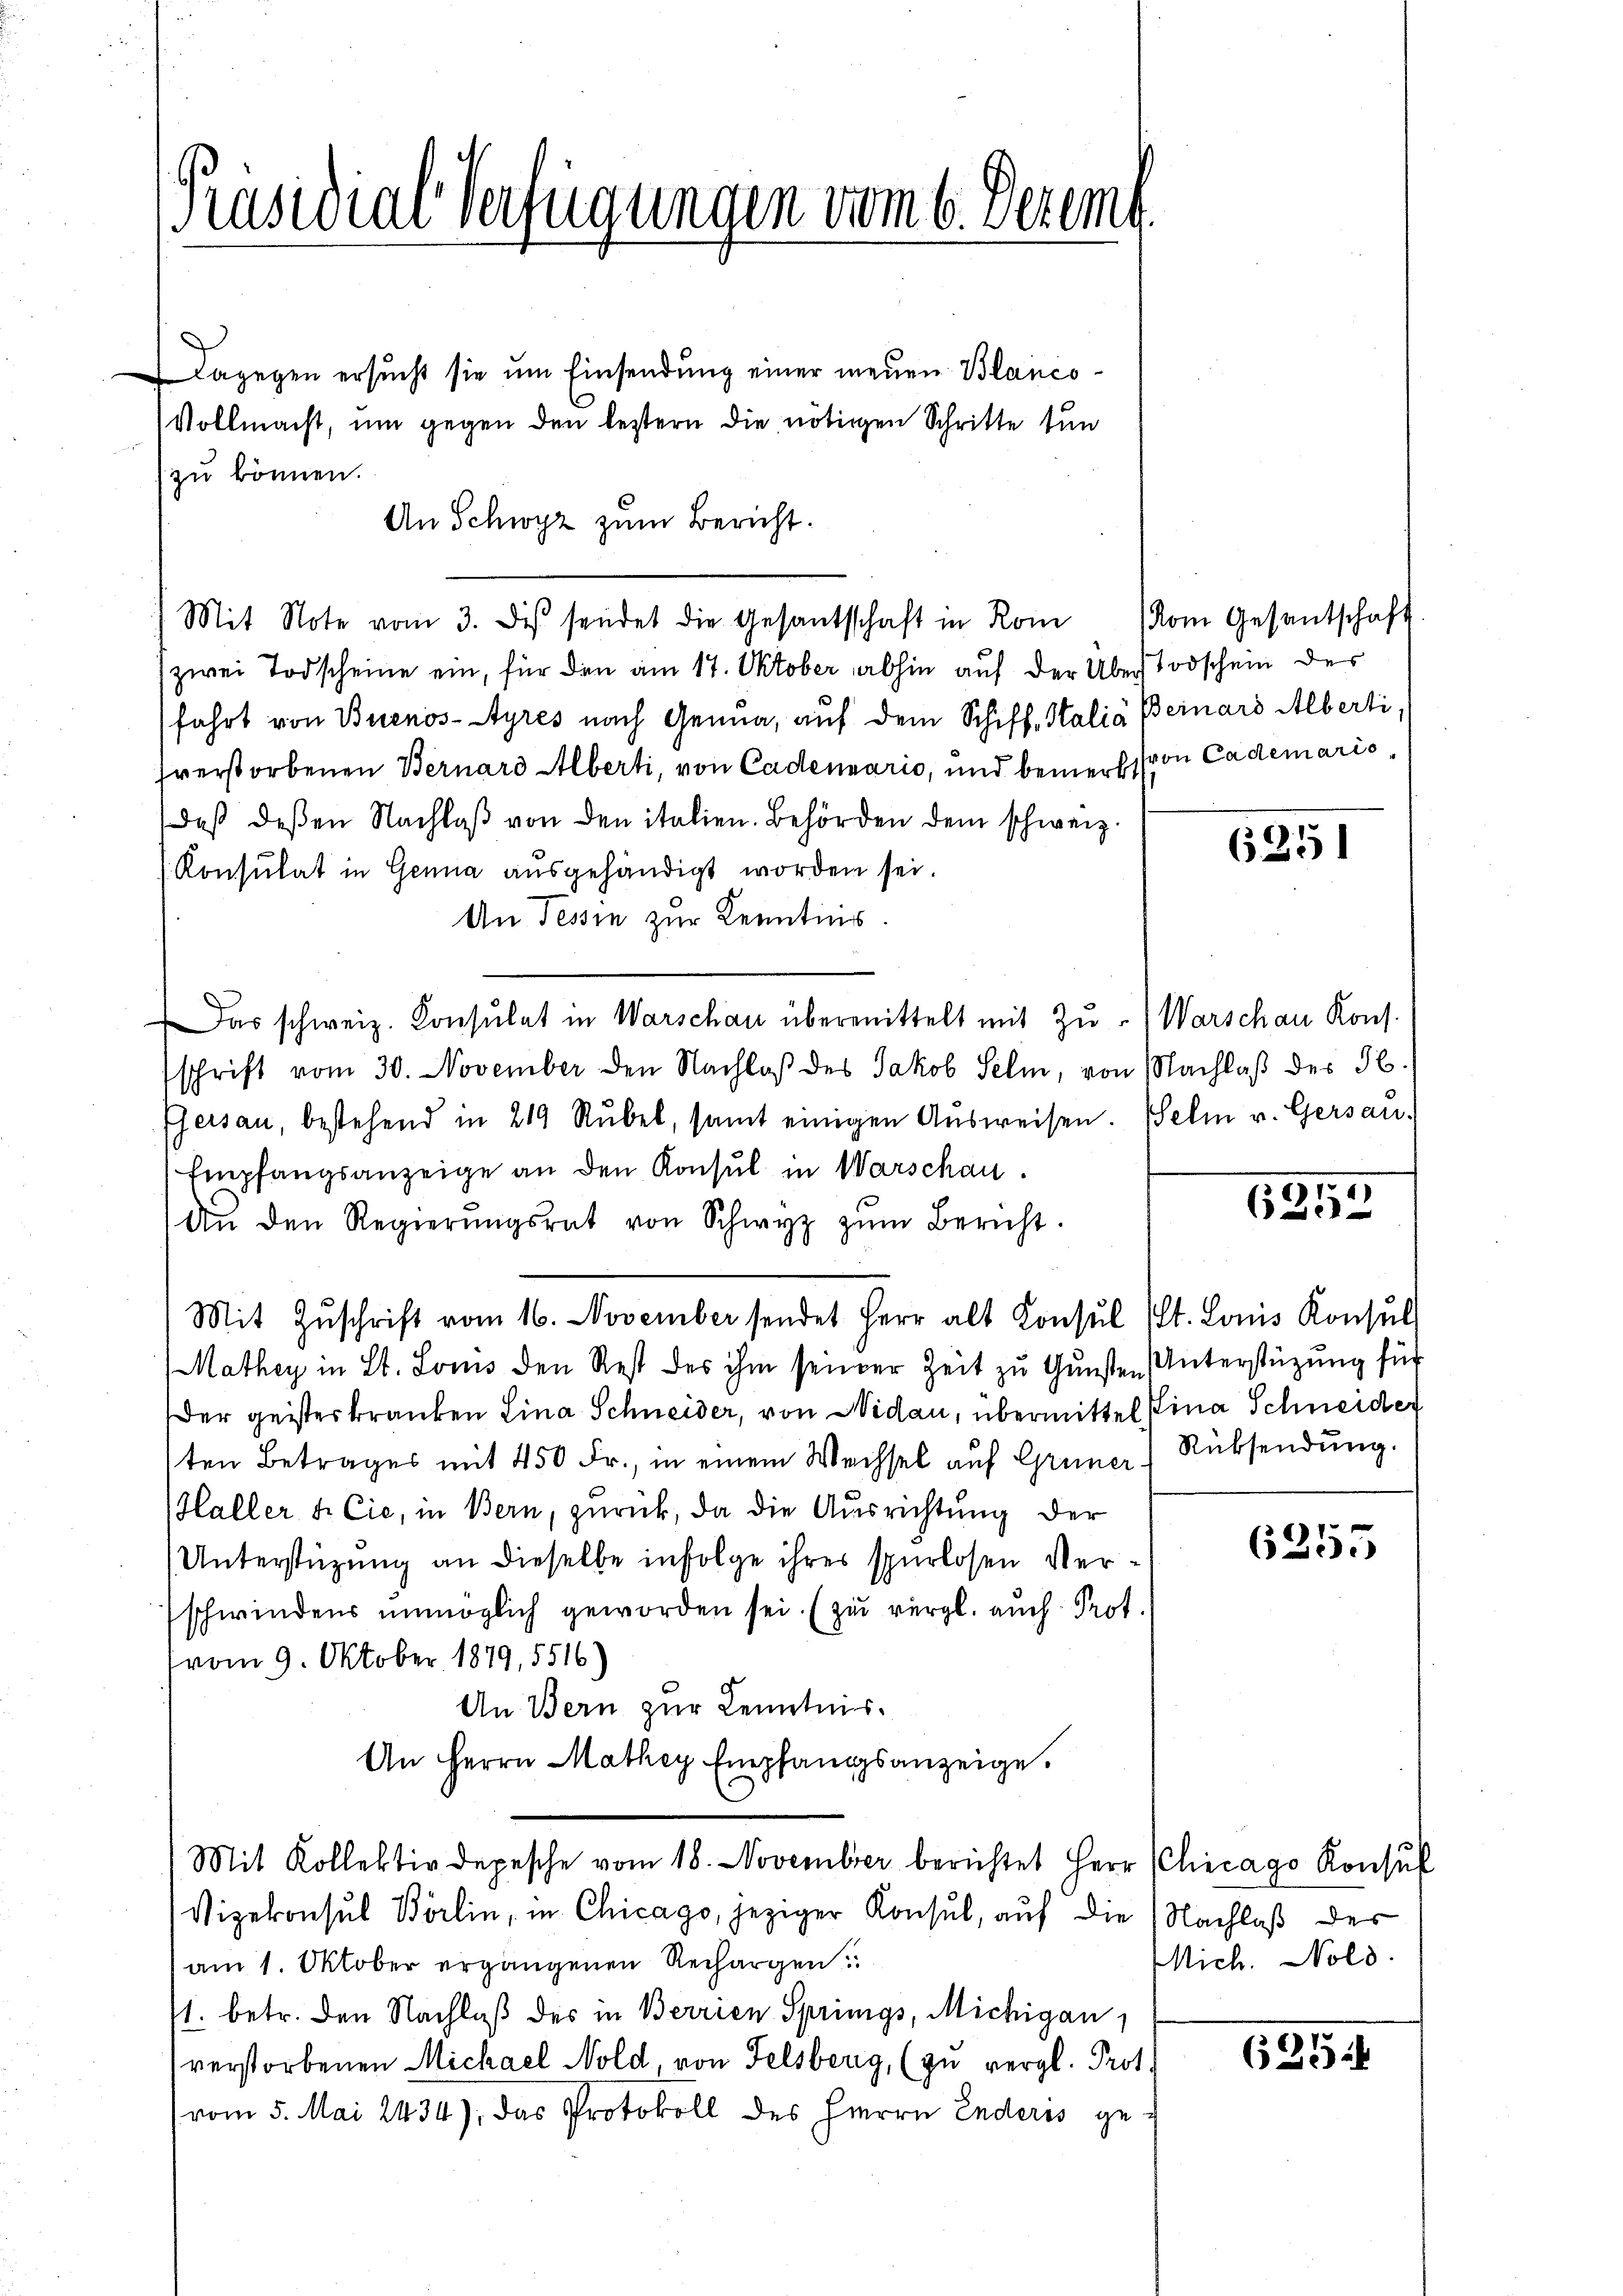
[Präsidial-Verfügungen vom 6. Dezemb

Dagegen ersucht sie um Einsendung einer neuen Blanco-
Vollmacht, um gegen den lestern die nötigen Schritte tun
zu können.
An Schwyz zum Bericht.
zwei Todscheine ein, für den am 17. Oktober abhin auf der Über Todschein des
fahrt von Buenos-Ayres nach Genua, auf dem Schiff, Salia Beinars Albertisverstorbenen Bernard Alberti, von Cadenario, und bemerks von Cademaris
daβ deβen Nachlaβ von den italien. Behörden dem schweiz.
Konsulat in Genua ausgehändigt worden sei.
An Tessin zur Kenntins.
Das schweiz. Konsulat in Warschau übermittelt mit Zu- (Warschau Kons.
schrift vom 30. November den Nachlaβ des Jakob Seli, von Nachlaß des 5.
Esersau, bestehend in 219 Rŭbel, samt einigen Aŭsweisen. Helm v. Gersau-
Empfangsanzeige an den Konsul in Warschau.
An den Regierŭngsrat von Schwyz zŭm Bericht.
Mit Zŭschrift vom 16. November sendet Herr alt Konsul Kt. Louis Konsul
Mathey in St. Louis den Rest des ihm seiner Zeit zu Gunsten Unterstützung für
der geisterkranken Lina Schneider, von Nidau, übermittel fina Schneider
sten Betrages mit 450 Fr., in einem Wechsel auf Grüner Rücksendung.
Haller & Cie, in Bern, zurück, da die Ausrichtung der
Unterstüzung an dieselbe infolge ihres spurlosen Verschwindens unmöglich geworden sei. (zu vergl. auch Prot.
vom 9. Oktober 1879, 5516)
An Bern zur Kenntnis.
An Herrn Mathey Empfangsanzeige.
Mit Kollektiv depesche vom 18. November berichtet Herr Chicago Konsul
Vizekonsul Börlin, in Chicago, jeziger Konsul, auf die (Nachlaß der
am 1. Oktober ergangenen Rechargen
1. betr. den Nachlaß des in Berrien Springs, Michigan
verstorbenen Michael Nold von Felsberg, (zu vergl. Prot.
vom 5. Mai 2434). Das Protokoll des Herrn Enderis ge¬

Mit Note vom 3. des sendet die Gesantsschaft in Rom vom Gesantschaft

6351

6252

8
625.

Mich. Nold.

(25.